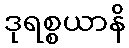
ဒုရစ္စယာနိ